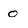
Character: o